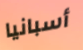
أسبانيا